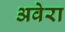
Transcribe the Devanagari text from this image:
अवेरा